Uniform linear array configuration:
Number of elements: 48
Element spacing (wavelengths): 0.25
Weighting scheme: blackman
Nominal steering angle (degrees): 0
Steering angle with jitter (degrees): -0.1939
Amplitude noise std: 0.05
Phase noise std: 0.05

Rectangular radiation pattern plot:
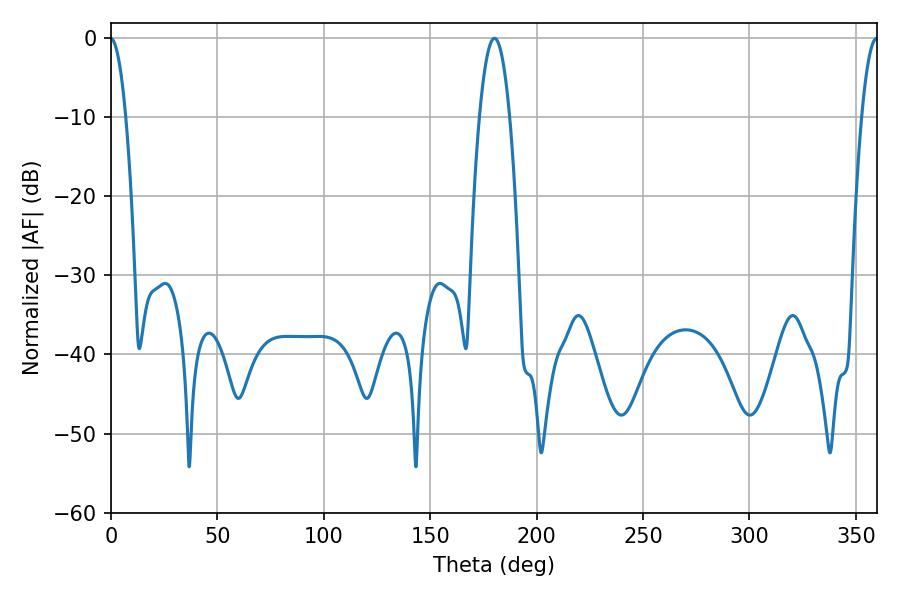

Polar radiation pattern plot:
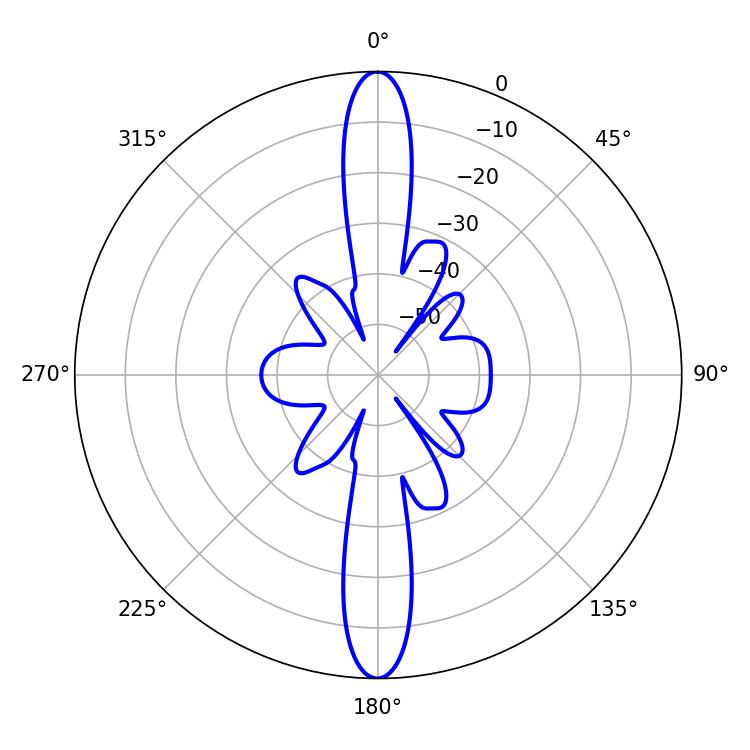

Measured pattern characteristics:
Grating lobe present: FALSE
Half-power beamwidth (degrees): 7.92
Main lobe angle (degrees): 180.18